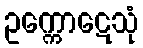
ဥက္ကောဋေသုံ